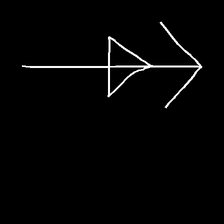
Glyph: pull